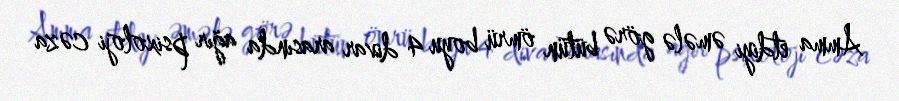
Amma etdiyi əmələ görə bütün ömrü boyu 4 divar arasında ağır psixoloji cəza